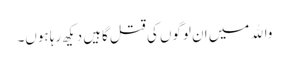
واﷲ میں ان لوگوں کی قتل گاہیں دیکھ رہا ہوں۔